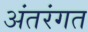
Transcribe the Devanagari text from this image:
अंतरंगत